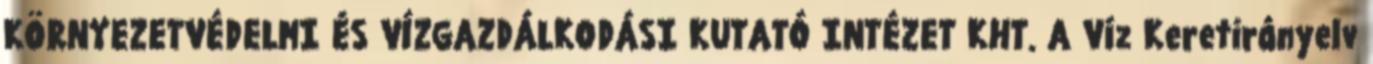
KÖRNYEZETVÉDELMI ÉS VÍZGAZDÁLKODÁSI KUTATÓ INTÉZET KHT. A Víz Keretirányelv